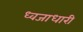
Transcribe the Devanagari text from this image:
ध्‍वजाधारी